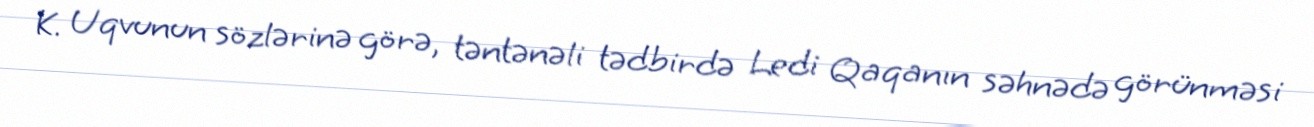
K. Uqvunun sözlərinə görə, təntənəli tədbirdə Ledi Qaqanın səhnədə görünməsi